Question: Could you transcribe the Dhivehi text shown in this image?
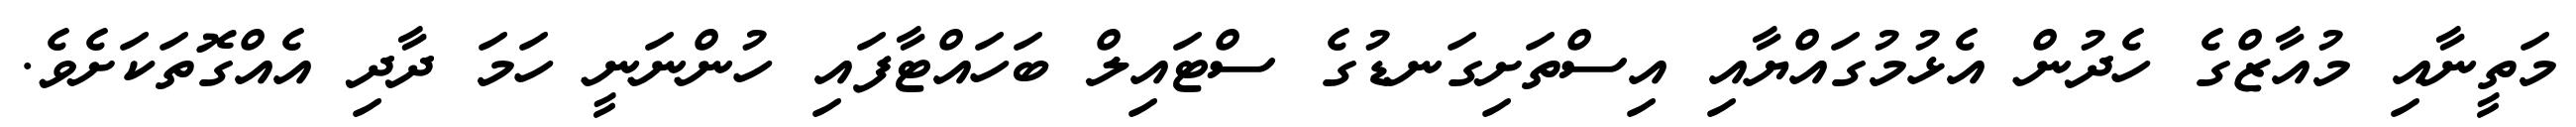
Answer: މަތީނާއި މުއާޒްގެ ހެދުން އެޅުމުގައްޔާއި އިސްތަށިގަނޑުގެ ސްޓައިލް ބަހައްޓާފައި ހުންނަނީ ހަމަ ދާދި އެއްގޮތަކަށެވެ.